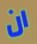
ان